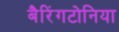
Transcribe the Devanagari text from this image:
बैरिंगटोनिया